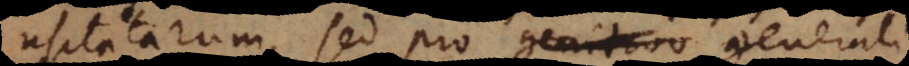
usitatarum, sed pro genitivo